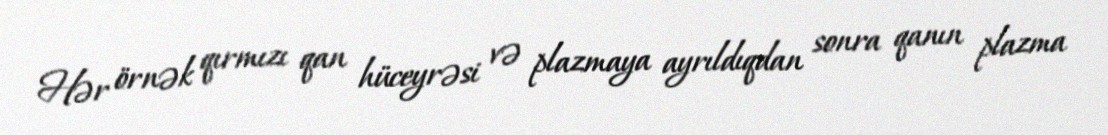
Hər örnək qırmızı qan hüceyrəsi və plazmaya ayrıldıqdan sonra qanın plazma